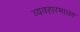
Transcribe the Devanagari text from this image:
व्यवहारमाधव